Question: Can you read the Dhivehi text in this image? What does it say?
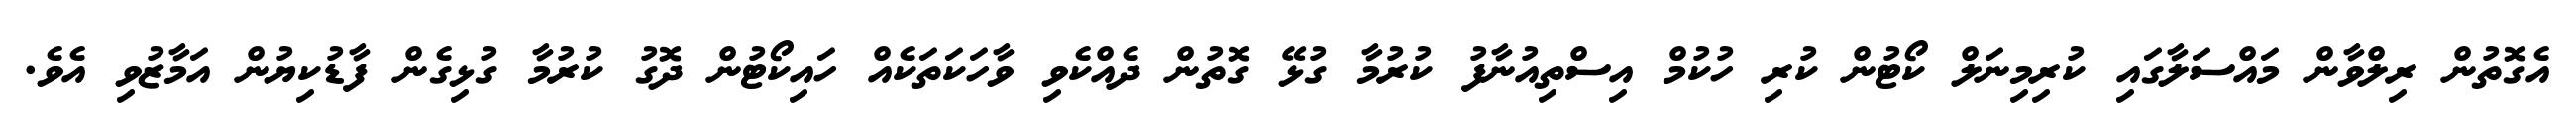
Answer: އެގޮތުން ރިލްވާން މައްސަލާގައި ކުރިމިނަލް ކޯޓުން ކުރި ހުކުމް އިސްތިއުނާފު ކުރުމާ ގުޅޭ ގޮތުން ދެއްކެވި ވާހަކަތަކެއް ހައިކޯޓުން ދޮގު ކުރުމާ ގުޅިގެން ފާޑުކިޔުން އަމާޒުވި އެވެ.